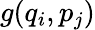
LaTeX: g(q_{i},p_{j})